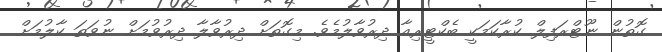
ގޮތުން ނޫޓްރަފިލް ކުރާކަމަކީ ބެކްޓީރިއާ ދިރުވާލުމެވެ. މިގޮތަށް ދިރުވާލާ ދިރުވުމަށް ނުވަތަ ކާލުމަށް